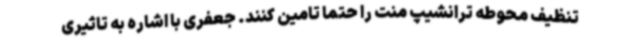
تنظیف محوطه ترانشیپ منت را حتما تامین کنند. جعفری با اشاره به تاثیری